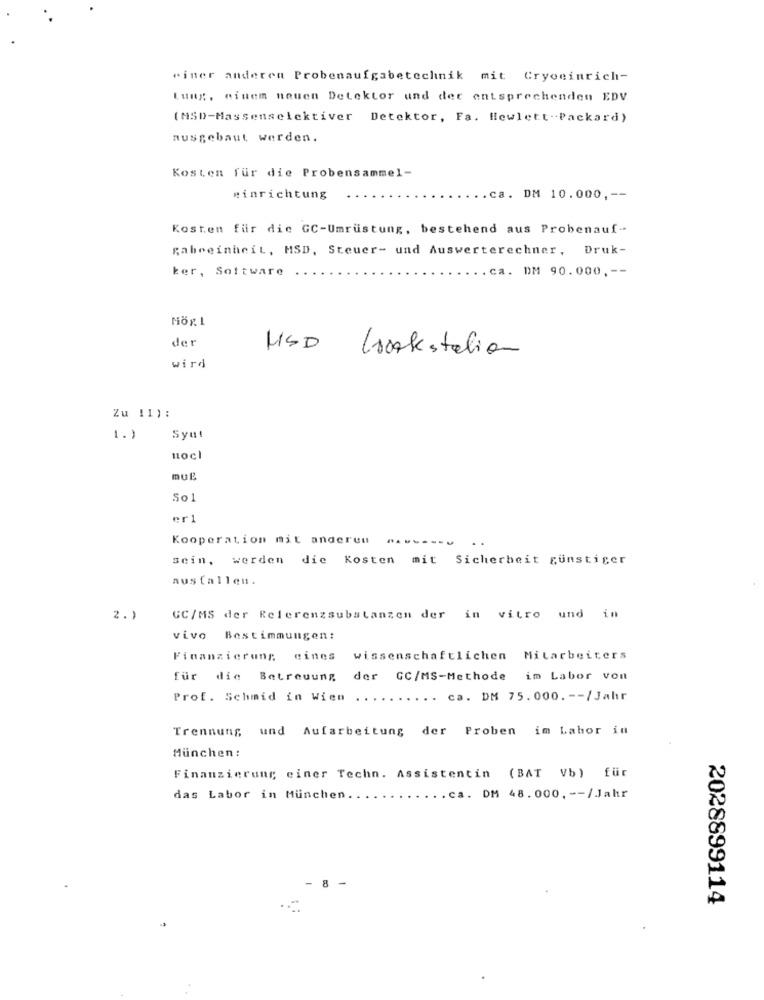
einer anderen Probenaufgabetechnik mit Cryoeinrich-
Lung, einem neuen Detektor und der entsprechenden EDV
(MSD-Massenselektiver Detektor, Fa. Hewlett-Packard)
ausgebaut werden.
Kosten für die Probensammel-
#inrichtung
.ca. DM 10.000 ,--
Kosten für die GC-Umrüstung, bestehend aus Probenauf-
gabeeinheit, MSD, Steuer- und Auswerterechner, Druk-
ker, Software
.... ca. DM 90.000 ,--
der
MSD Csakstation
wird
Zu !I):
1.)
Syut
noCl
DUE
501
er1
Kooperation mit andereu
-------
sein, werden die Kosten mit Sicherheit gunstiger
ausfallen.
2.1
GC/MS der Referenzsubstanzen der in vitro und in
vivo Bestimmungen:
Finanzierung cines
wissenschaftlichen Mitarbeiters
für die Betreuung
der GC/MS-Methode im Labor von
Prof. Schmid in Wien
.. ca. DM 75.000. -- / Jahr
Trennung und Aufarbeitung der Proben im Labor in
München :
Finanzierung einer Techn. Assistentin (BAT Vb) für
das Labor in München ..
. . ca. DM 48.000. -- /Jahr
- 8 -
2028899114